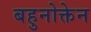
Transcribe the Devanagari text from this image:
बहुनोक्तेन